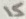
Text: 15